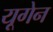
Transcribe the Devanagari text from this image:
यूगेन